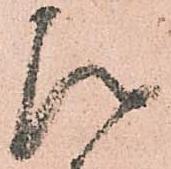
次